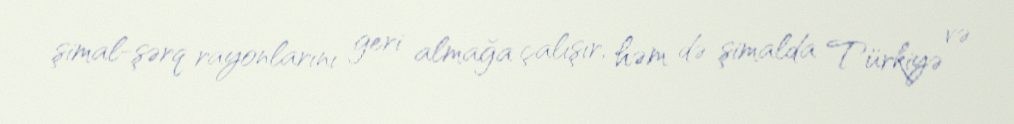
şimal-şərq rayonlarını geri almağa çalışır, həm də şimalda Türkiyə və